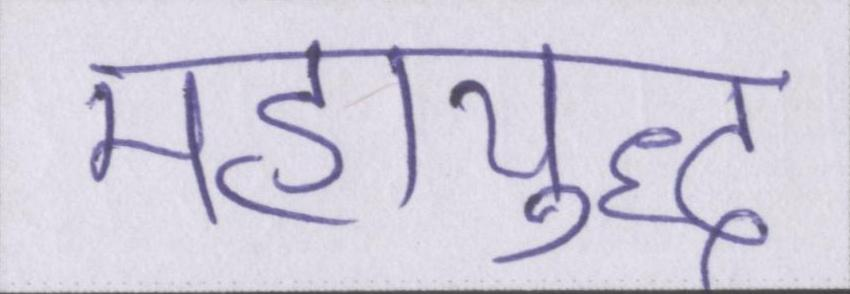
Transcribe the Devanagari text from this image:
महायुद्ध